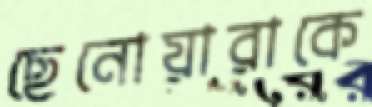
ছেনোয়ারাকে